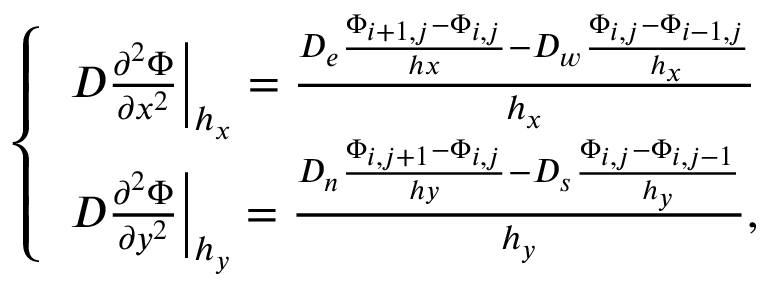
\left\{ \begin{array} { l } { \left. D \frac { \partial ^ { 2 } \Phi } { \partial x ^ { 2 } } \right| _ { h _ { x } } = \frac { D _ { e } \frac { \Phi _ { i + 1 , j } - \Phi _ { i , j } } { h x } - D _ { w } \frac { \Phi _ { i , j } - \Phi _ { i - 1 , j } } { h _ { x } } } { h _ { x } } } \\ { \left. D \frac { \partial ^ { 2 } \Phi } { \partial y ^ { 2 } } \right| _ { h _ { y } } = \frac { D _ { n } \frac { \Phi _ { i , j + 1 } - \Phi _ { i , j } } { h y } - D _ { s } \frac { \Phi _ { i , j } - \Phi _ { i , j - 1 } } { h _ { y } } } { h _ { y } } , } \end{array} \right.